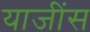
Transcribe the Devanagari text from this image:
याजींस